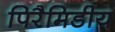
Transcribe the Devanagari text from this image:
पिरैमिडीय